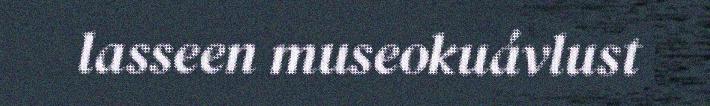
lasseen museokuávlust